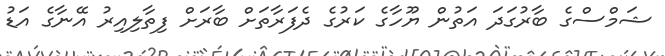
ޝަމްސްގެ ބާރުގަދަ އަތުން ޔޫހާގެ ކަރުގެ ދެފަރާތަށް ބާރަށް ފިތާލިއިރު އޭނާގެ އަޑު